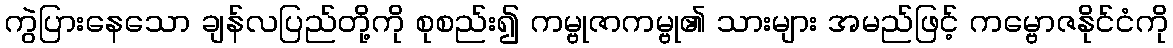
ကွဲပြားနေသော ချန်လပြည်တို့ကို စုစည်း၍ ကမ္ဗုဇာကမ္ဗု၏ သားများ အမည်ဖြင့် ကမ္ဗောဇနိုင်ငံကို